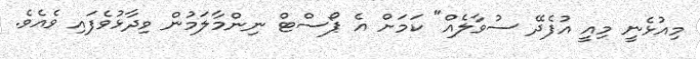
މިއުޅެނީ މިއީ އުފެދޭ ސުވާލެއް" ކަމަށް އެ ޕޯސްޓް ނިންމާލަމުން ވިދާޅުވެފައި ވެއެވެ.